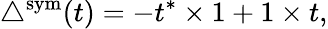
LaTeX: \triangle^{\mathrm{sym}}(t)=-t^{*}\times 1+1\times t,